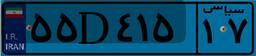
۸۸D۸۱۳۴۰